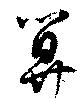
算